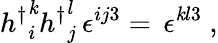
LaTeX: {h^{\dagger}}_{i}^{\mathit{k}}{h^{\dagger}}_{j}^{l}\, \epsilon^{ij3}=\, \epsilon^{\mathit{k}l3}\ ,